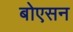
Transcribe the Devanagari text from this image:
बोएसन